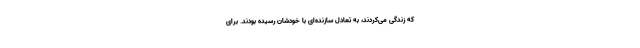
که زندگی می‌کردند، به تعادل سازنده‌ای با خودشان رسیده بودند. برای